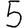
Digit: 5